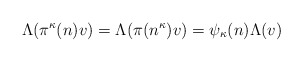
\begin{align*}\Lambda(\pi^\kappa(n)v)=\Lambda(\pi(n^\kappa)v)=\psi_\kappa(n)\Lambda(v)\end{align*}